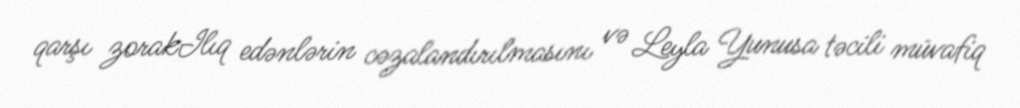
qarşı zorakIlıq edənlərin cəzalandırılmasını və Leyla Yunusa təcili müvafiq